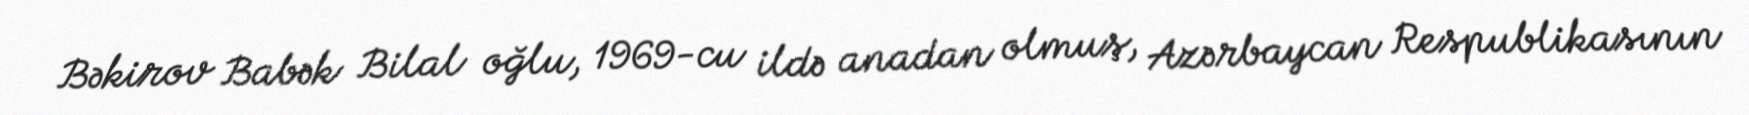
Bəkirov Babək Bilal oğlu, 1969-cu ildə anadan olmuş, Azərbaycan Respublikasının